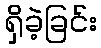
ရှိခဲ့ခြင်း